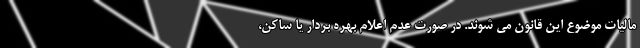
مالیات موضوع این قانون می شوند. در صورت عدم اعلام بهره بردار یا ساکن،